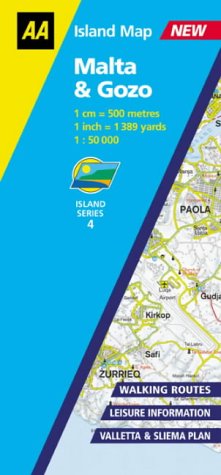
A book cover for Malta and Gozo (AA Island Maps); Paul Murphy        ; Travel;